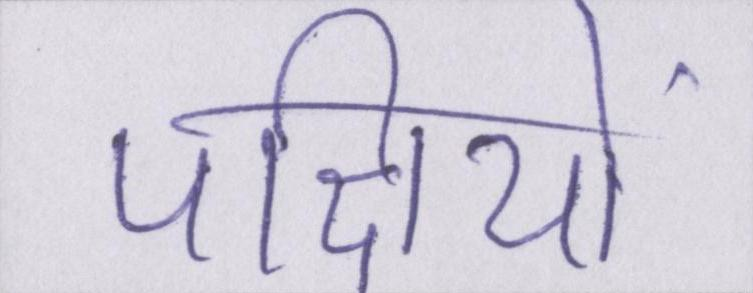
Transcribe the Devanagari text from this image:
पक्षियों